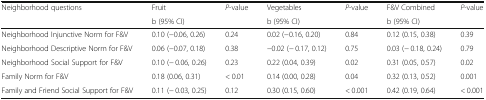
| <ROWSPAN=2> Neighborhood questions | Fruit | <ROWSPAN=2> P-value | Vegetables | <ROWSPAN=2> P-value | F&V Combined | <ROWSPAN=2> P-value |
 | b (95% CI) | b (95% CI) | b (95% CI) |
 | --- | --- | --- | --- | --- | --- | --- |
 | Neighborhood Injunctive Norm for F&V | 0.10 (−0.06, 0.26) | 0.24 | 0.02 (−0.16, 0.20) | 0.84 | 0.12 (0.15, 0.38) | 0.39 |
 | Neighborhood Descriptive Norm for F&V | 0.06 (−0.07, 0.18) | 0.38 | −0.02 (− 0.17, 0.12) | 0.75 | 0.03 (− 0.18, 0.24) | 0.79 |
 | Neighborhood Social Support for F&V | 0.10 (− 0.06, 0.26) | 0.23 | 0.22 (0.04, 0.39) | 0.02 | 0.31 (0.05, 0.57) | 0.02 |
 | Family Norm for F&V | 0.18 (0.06, 0.31) | < 0.01 | 0.14 (0.00, 0.28) | 0.04 | 0.32 (0.13, 0.52) | 0.001 |
 | Family and Friend Social Support for F&V | 0.11 (− 0.03, 0.25) | 0.12 | 0.30 (0.15, 0.60) | < 0.001 | 0.42 (0.19, 0.64) | < 0.001 |